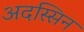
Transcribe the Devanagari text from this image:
अदस्सिन